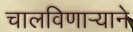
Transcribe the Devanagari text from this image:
चालविणाऱ्याने